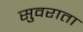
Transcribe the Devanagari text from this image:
सुवराता